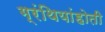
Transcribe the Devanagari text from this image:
ग्रंथियांहोती